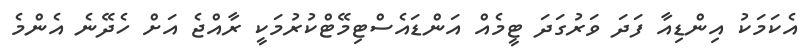
އެކަމަކު އިންޑިއާ ފަދަ ވަރުގަދަ ޓީމެއް އަންޑައެސްޓިމޭޓްކުރުމަކީ ރާއްޖެ އަށް ހެދޭނެ އެންމެ